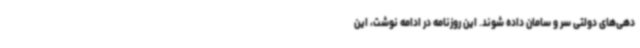
دهی‌های دولتی سر و سامان داده شوند. این روزنامه در ادامه نوشت، این